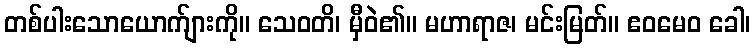
တစ်ပါးသောယောက်ျားကို။ သေဝတိ၊ မှီဝဲ၏။ မဟာရာဇ၊ မင်းမြတ်။ ဧဝမေဝ ခေါ၊